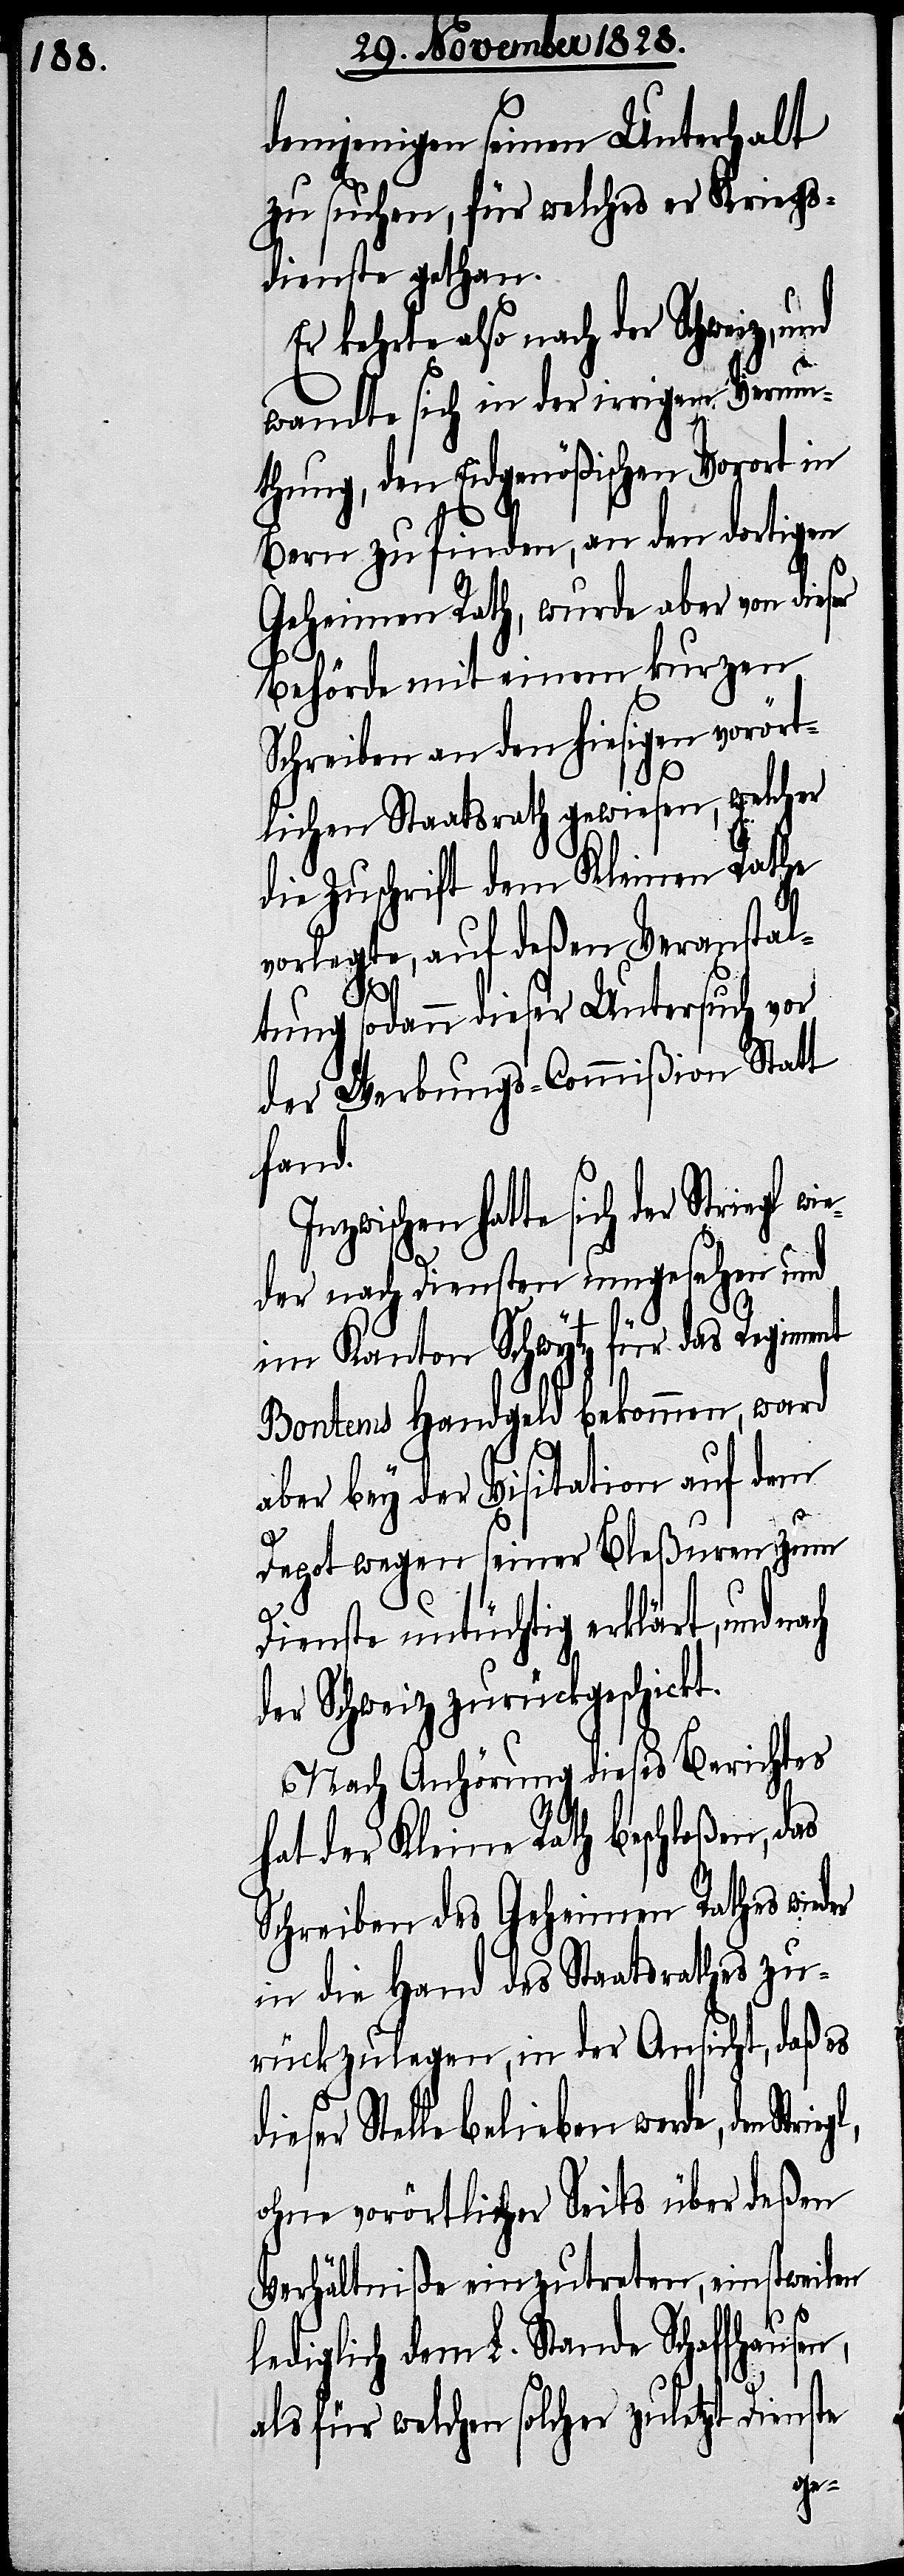
demjenigen seinen Unterhalt
zu suchen, für welches er Kriegs¬
dienste gethan.
d¬
Er kehrte also nach der Schweiz, und
wandte sich in der irrigen Vermu¬
thung, den Eidgenößischen Vorort in
Bern zu finden, an den dortigen
Geheimen Rath, wurde aber von dies¬
Behörde mit einem kurzen
Schreiben an den hiesigen vorört¬
lichen Staatsrath gewiesen, welcher
die Zuschrift dem Kleinen Rathe
vorlegte, auf deßen Veranstal¬
n,
tung sodann dieser Untersuch vor
der Werbungs-Commißion Statt
fand.
Inzwischen hatte sich der
der nach Diensten umgesehen und
im Kanton Schwytz für das Regiment
Bontems Handgeld bekommen, ward
aber bey der Visitation auf dem
Depot wegen seiner Bleßuren zum
Dienste untüchtig erklärt, und nach
der Schweiz zurückgeschickt.
Nach Anhörung dieses Berichtes
hat der Kleine Rath beschloßen, das
Schreiben des Geheimen Rathes wieder
in die Hand des Staatsrathes zu¬
rückzulegen, in der Ansicht, daß es
ieser Stelle belieben werde, den
ohne vorörtlicher Seits über deßen
Verhältniße einzutreten, einstweilen
lediglich dem L. Stande Schaffhause¬
als für welchen solcher zuletzt Dienste